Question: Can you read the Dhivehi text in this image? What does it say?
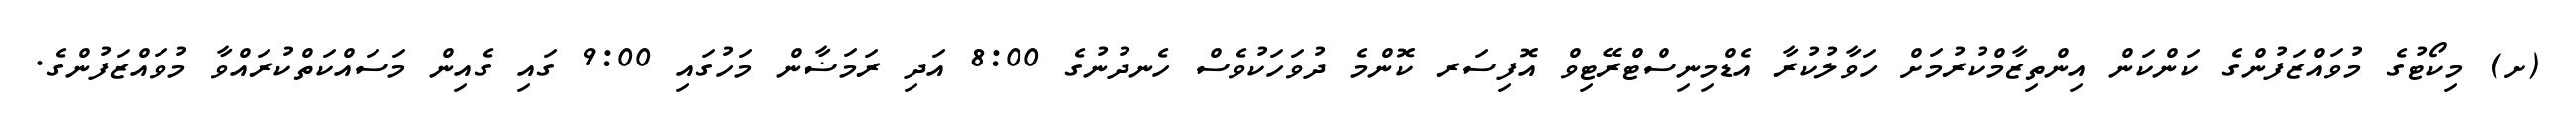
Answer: (ށ) މިކޯޓުގެ މުވައްޒަފުންގެ ކަންކަން އިންތިޒާމްކުރުމަށް ހަވާލުކުރާ އެޑްމިނިސްޓްރޭޓިވް އޮފިސަރ ކޮންމެ ދުވަހަކުވެސް ހެނދުނުގެ 8:00 އަދި ރަމަޟާން މަހުގައި 9:00 ގައި ގެއިން މަސައްކަތްކުރައްވާ މުވައްޒަފުންގެ.